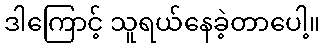
ဒါကြောင့် သူရယ်နေခဲ့တာပေါ့။